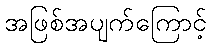
အဖြစ်အပျက်ကြောင့်